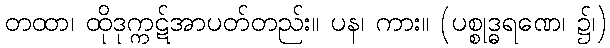
တထာ၊ ထိုဒုက္ကဋ်အာပတ်တည်း။ ပန၊ ကား။ (ပစ္စုဒ္ဓရဏေ၊ ၌၊)